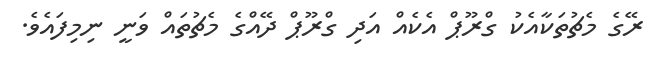
ރޭގެ މެޗުތަކާއެކު ގްރޫޕް އެކެއް އަދި ގްރޫޕް ދޭއްގެ މެޗުތައް ވަނީ ނިމިފައެވެ.